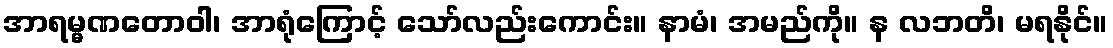
အာရမ္မဏတောဝါ၊ အာရုံကြောင့် သော်လည်းကောင်း။ နာမံ၊ အမည်ကို။ န လဘတိ၊ မရနိုင်။